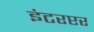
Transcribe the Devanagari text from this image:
इंटरप्टर